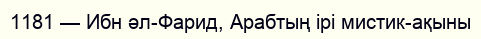
1181 — Ибн әл-Фарид, Арабтың ірі мистик-ақыны